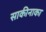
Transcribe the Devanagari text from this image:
साकीनाका